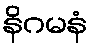
နိဂမနံ